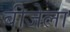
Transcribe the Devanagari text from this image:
बीजेला